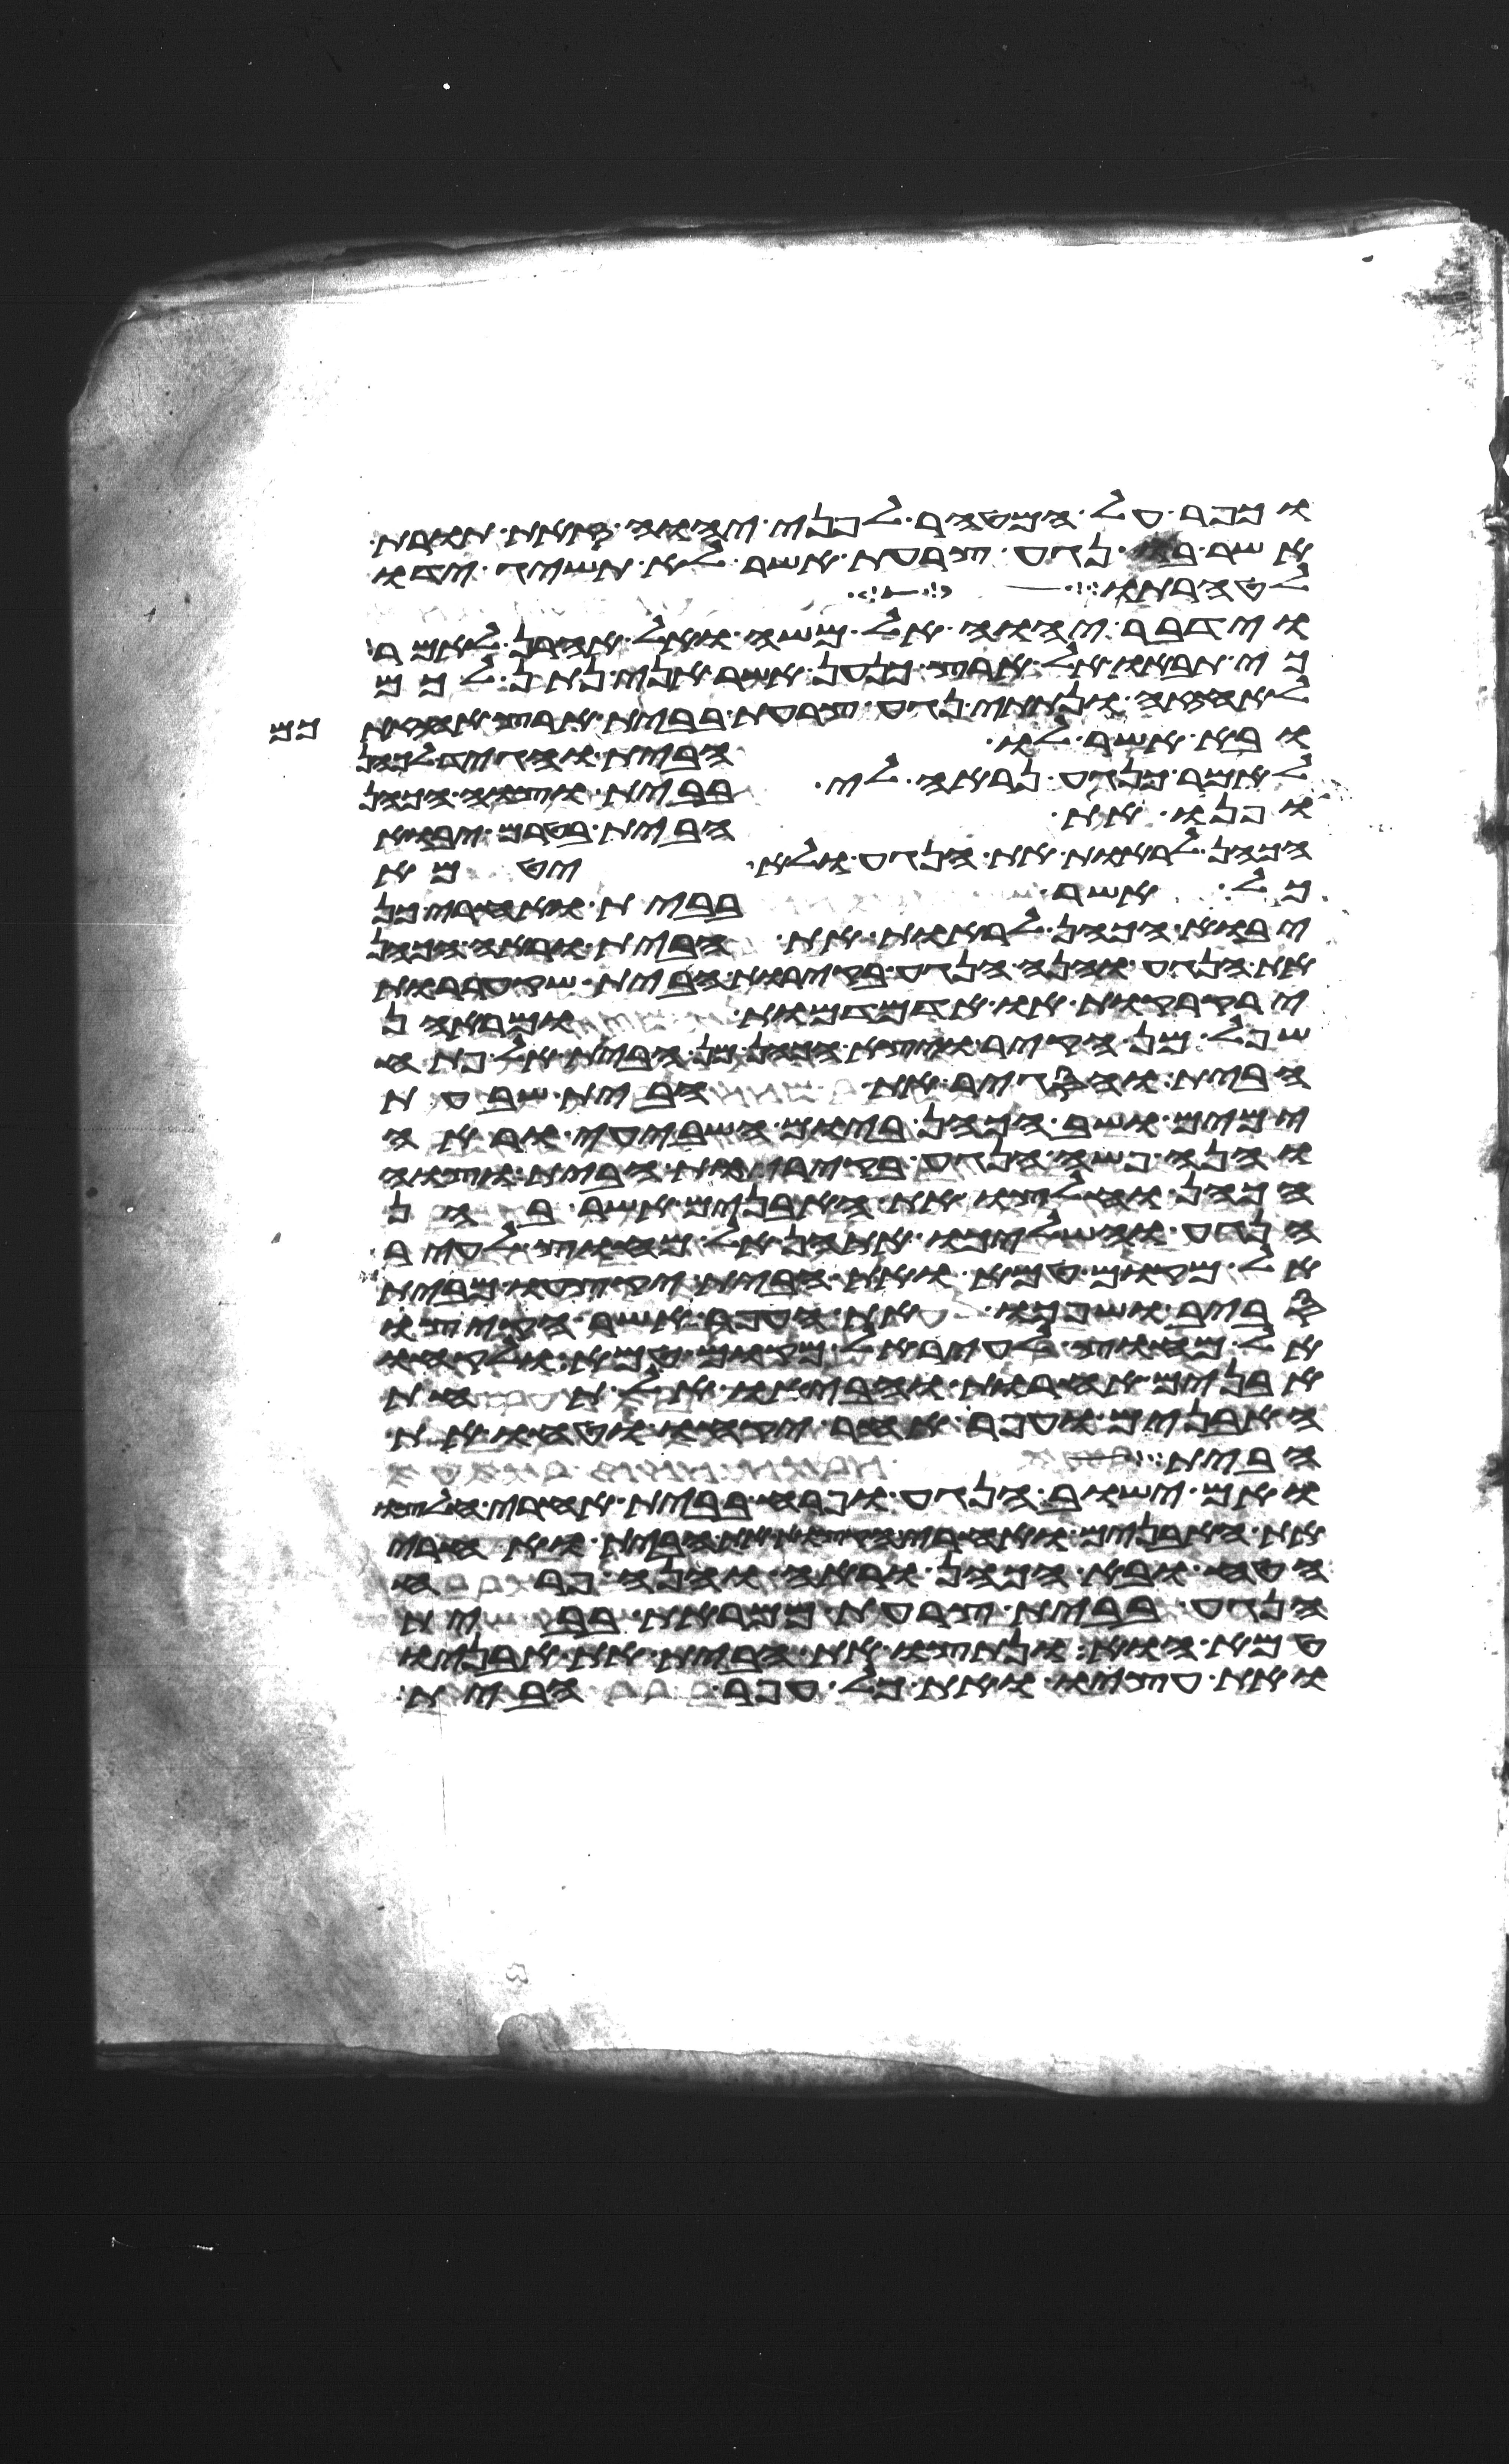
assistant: וכפר על המטהר לפני יהוה זאת תורת
אשר בו נגע צרעת אשר לא תשיג ידו
לטהרתו
וידבר יהוה אל משה ואל אהרן לאמר
כי תבאו אל ארץ כנען אשר אני נתן לכם
לאחזה ונתתי נגע צרעת בבית ארץ אחזתכם
ובא אשר לו הבית והגיד לכהן
לאמר כנגע נראה לי בבית וצוה הכהן
ופנו את הבית בטרם יבוא
הכהן לראות את הנגע ולא יטמא
כל אשר בבית ואחרי כן
יבוא הכהן לראות את הבית וראה הכהן
את הנגע והנה הנגע בקירות הבית שקעררות
ירקרקות או אדמדמות ומראהן
שפל מן הקיר ויצא הכהן מן הבית אל פתח
הבית והסגיר את הבית שבעת
ימים ושב הכהן ביום השביעי וראה
והנה פשה הנגע בקירות הבית וצוה
הכהן וחלצו את האבנים אשר בהן
הנגע והשליכו אתהן אל מחוץ לעיר
אל מקום טמא ואת הבית יקצעו מבית
סביב ושפכו את העפר אשר הקיצו
אל מחוץ לעיר אל מקום טמא ולקחו
אבנים אחרות והביאו אל תחת
האבנים ועפר אחר יקחו וטחו את
הבית
ואם ישוב הנגע ופרח בבית אחרי חלצו
את האבנים ואחרי הקצות את הבית ואחרי
הטח ובא הכהן וראה והנה פרח
הנגע בבית צרעת ממראת בבית
טמא הוא ונתצו את הבית את אבניו
ואת עציו ואת כל עפר הבית